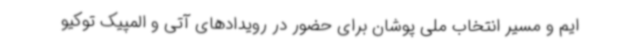
ایم و مسیر انتخاب ملی پوشان برای حضور در رویدادهای آتی و المپیک توکیو